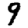
Digit: 9